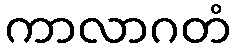
ကာလာဂတံ